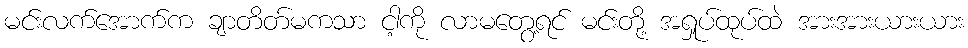
မင်းလက်အောက်က ချာတိတ်မကသာ ငါ့ကို လာမတွေ့ရင် မင်းတို့ အရှုပ်ထုပ်ထဲ အားအားယားယား